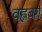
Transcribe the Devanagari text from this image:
वह्लबर्ग